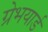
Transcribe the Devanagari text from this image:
ग्रेभयार्ड